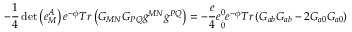
- \frac { 1 } { 4 } \operatorname * { d e t } \left( e _ { M } ^ { A } \right) e ^ { - \phi } T r \left( G _ { M N } G _ { P Q } g ^ { M N } g ^ { P Q } \right) = - \frac { e } { 4 } e _ { \stackrel { . } { 0 } } ^ { 0 } e ^ { - \phi } T r \left( G _ { a b } G _ { a b } - 2 G _ { a 0 } G _ { a 0 } \right)